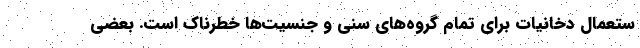
ستعمال دخانیات برای تمام گروه‌های سنی و جنسیت‌ها خطرناک است. بعضی